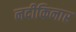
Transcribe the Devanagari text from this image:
नदीकिनार